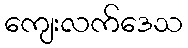
ကျေးလက်ဒေသ